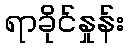
ရာခိုင်နှုန်း